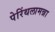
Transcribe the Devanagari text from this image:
पेरिंथलामन्ना